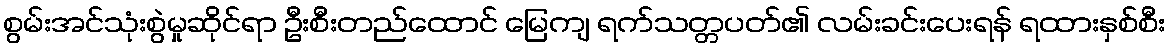
စွမ်းအင်သုံးစွဲမှုဆိုင်ရာ ဦးစီးတည်ထောင် မြေကျ ရက်သတ္တပတ်၏ လမ်းခင်းပေးရန် ရထားနှစ်စီး